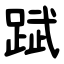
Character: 䟼